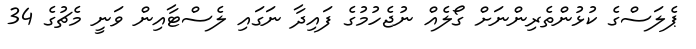
ޕެލަސްގެ ކުޅުންތެރިންނަށް ގޯލެއް ނުޖެހުމުގެ ފައިދާ ނަގައި ލެސްޓާއިން ވަނީ މެޗުގެ 34